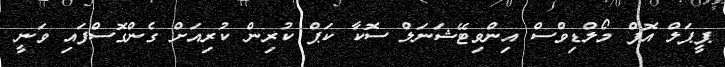
ޕީޕަލް އޮފް މޯލްޑިވްސް އިންވިޓޭޝަނަލް ސޮކާ ކަޕް ކުރިން ކުރިއަށް ގެންގޮސްފައި ވަނީ